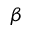
\beta